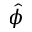
\hat { \phi }